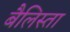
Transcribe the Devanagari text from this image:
बैलिस्ता